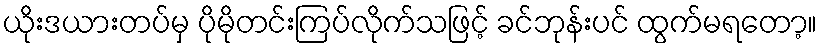
ယိုးဒယားတပ်မှ ပိုမိုတင်းကြပ်လိုက်သဖြင့် ခင်ဘုန်းပင် ထွက်မရတော့။